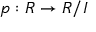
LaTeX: p : R \to R / I